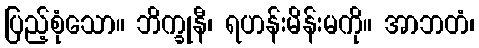
ပြည့်စုံသော။ ဘိက္ခုနီ၊ ရဟန်းမိန်းမကို။ အာဘတံ၊